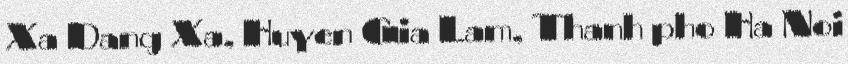
Xa Dang Xa, Huyen Gia Lam, Thanh pho Ha Noi